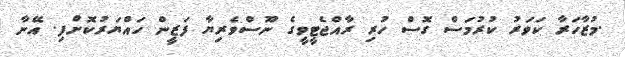
.މުޒާހަރާ ކަވަރު ކުރުމަސް ގޮސް ހުރި ރާއްޖެޓީވީގެ ނޫސްވެރިޔާ ފަޒީން ހައްޔަރުކޮށްފި. އޭނާ